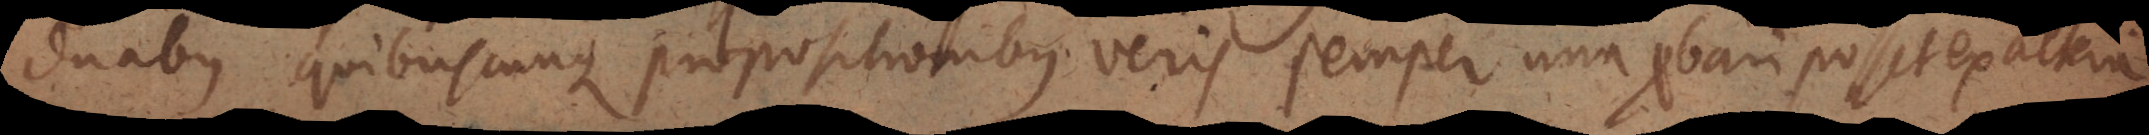
duabus quibuscunque propositionibus veris semper una probari posset ex altera